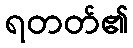
ရတတ်၏